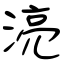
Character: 湸